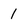
Character: 1